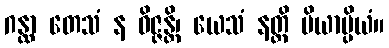
ဂန္ထာ တေသံ န ဝိဇ္ဇန္တိ၊ ယေသံ နတ္ထိ ပိယာပ္ပိယံ။